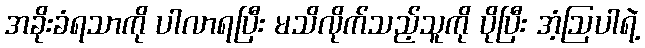
အခိုးခံရသာကို ပါလာရပြီး မသိလိုက်သည့်သူကို ပိုပြီး အံ့ဩပါရဲ့